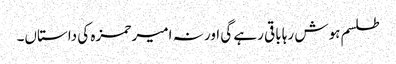
طلسم ہوش رہا باقی رہے گی اور نہ امیر حمزہ کی داستاں۔